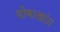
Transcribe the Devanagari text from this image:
पोषाखांत